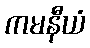
ကမနီယံ